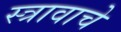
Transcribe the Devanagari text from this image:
स्त्रावाचे